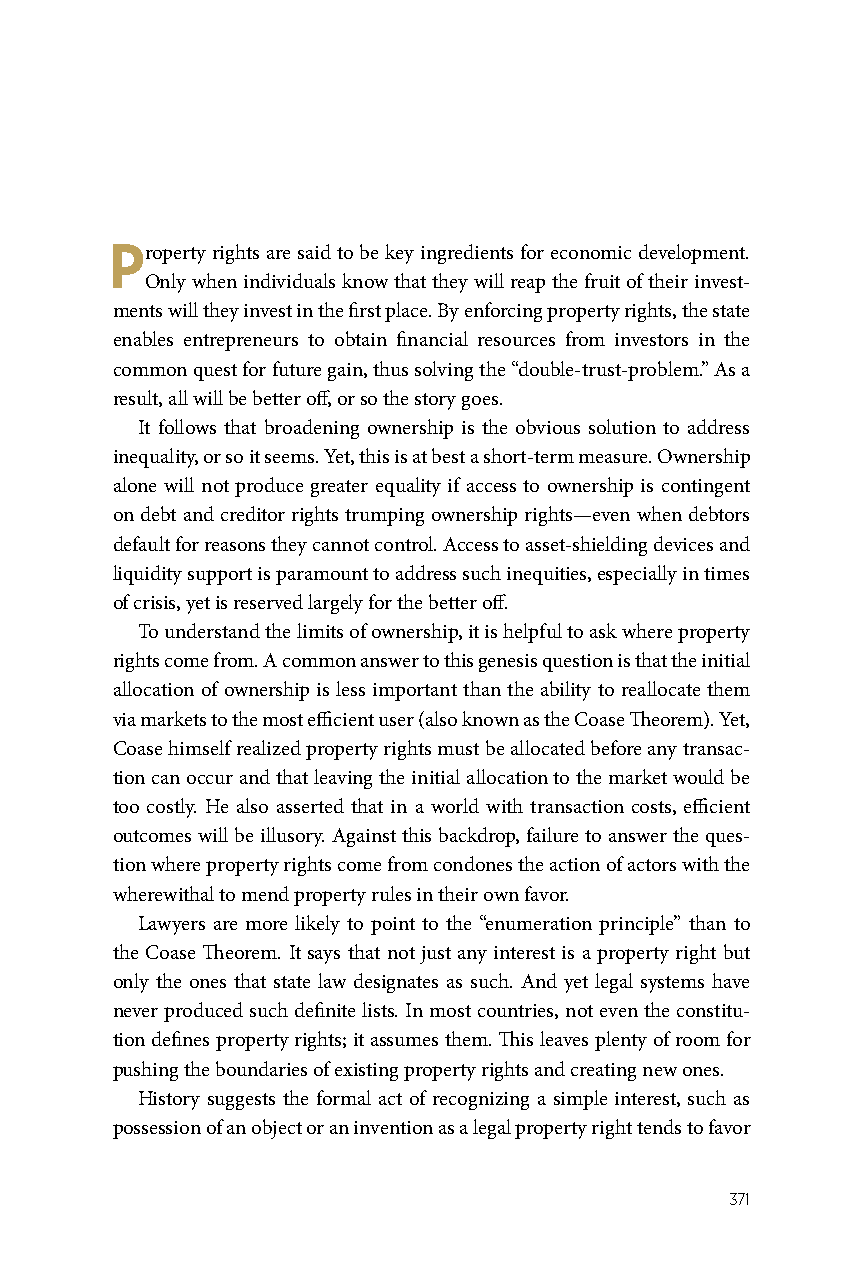
Property rights are said to be key ingredients for economic development.
 Only when individuals know that they will reap the fruit of their invest-
 ments will they invest in the first place. By enforcing property rights, the state
 enables entrepreneurs to obtain financial resources from investors in the
 common quest for future gain, thus solving the “double-trust-problem.” As a
 result, all will be better off, or so the story goes.
 It follows that broadening ownership is the obvious solution to address
 inequality, or so it seems. Yet, this is at best a short-term measure. Ownership
 alone will not produce greater equality if access to ownership is contingent
 on debt and creditor rights trumping ownership rights—even when debtors
 default for reasons they cannot control. Access to asset-shielding devices and
 liquidity support is paramount to address such inequities, especially in times
 of crisis, yet is reserved largely for the better off.
 To understand the limits of ownership, it is helpful to ask where property
 rights come from. A common answer to this genesis question is that the initial
 allocation of ownership is less important than the ability to reallocate them
 via markets to the most efficient user (also known as the Coase Theorem). Yet,
 Coase himself realized property rights must be allocated before any transac-
 tion can occur and that leaving the initial allocation to the market would be
 too costly. He also asserted that in a world with transaction costs, efficient
 outcomes will be illusory. Against this backdrop, failure to answer the ques-
 tion where property rights come from condones the action of actors with the
 wherewithal to mend property rules in their own favor.
 Lawyers are more likely to point to the “enumeration principle” than to
 the Coase Theorem. It says that not just any interest is a property right but
 only the ones that state law designates as such. And yet legal systems have
 never produced such definite lists. In most countries, not even the constitu-
 tion defines property rights; it assumes them. This leaves plenty of room for
 pushing the boundaries of existing property rights and creating new ones.
 History suggests the formal act of recognizing a simple interest, such as
 possession of an object or an invention as a legal property right tends to favor
 371